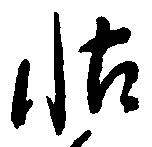
帖